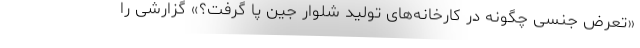
«تعرض جنسی چگونه در کارخانه‌های تولید شلوار جین پا گرفت؟» گزارشی را